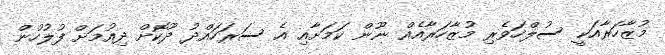
މުޒާހަރާއަކީ ސުލްހަވެރި މުޒާހަރާއެއް ނޫން ކަމަށާއި އެ ސަރަހައްދު ދޫކޮށް ދިއުމަށް ފުލުހުން